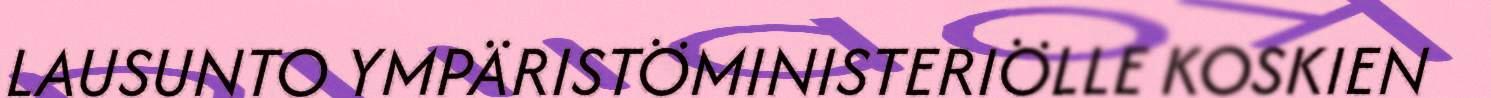
LAUSUNTO YMPÄRISTÖMINISTERIÖLLE KOSKIEN